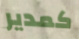
كمدير